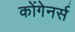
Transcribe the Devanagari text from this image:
कोंगेनर्स